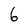
Character: 6